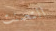
التصنت